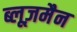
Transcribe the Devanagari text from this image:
ब्लूज़मैन